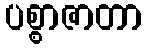
ပစ္စာဇာတာ